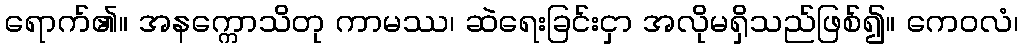
ရောက်၏။ အနက္ကောသိတု ကာမဿ၊ ဆဲရေးခြင်းငှာ အလိုမရှိသည်ဖြစ်၍။ ကေဝလံ၊